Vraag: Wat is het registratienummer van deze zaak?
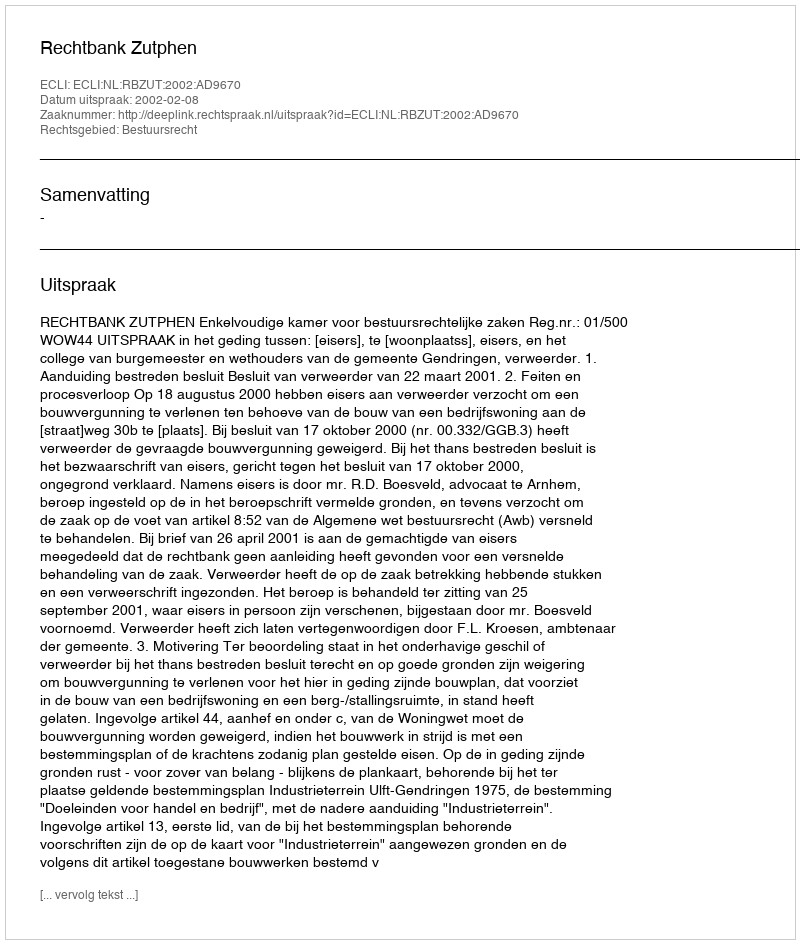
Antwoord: http://deeplink.rechtspraak.nl/uitspraak?id=ECLI:NL:RBZUT:2002:AD9670